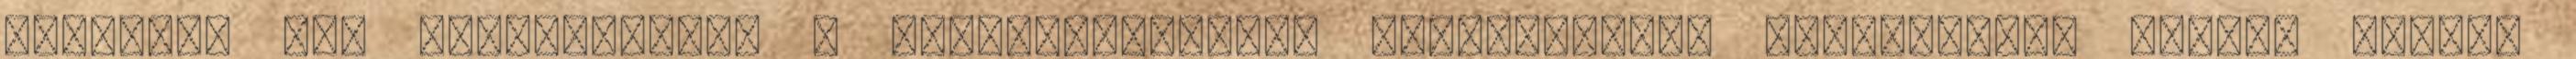
taktikus egy emberöltővel a professzionális pártpolitika kialakulása előtt. Amikor